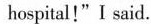
hospital!"I said.